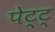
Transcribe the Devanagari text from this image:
पेट्ट्